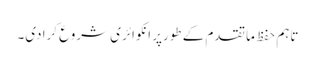
تاہم حفظ ما تقدم کے طورپر انکوائری شروع کرادی۔